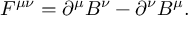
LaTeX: F ^ { \mu \nu } = \partial ^ { \mu } B ^ { \nu } - \partial ^ { \nu } B ^ { \mu } .